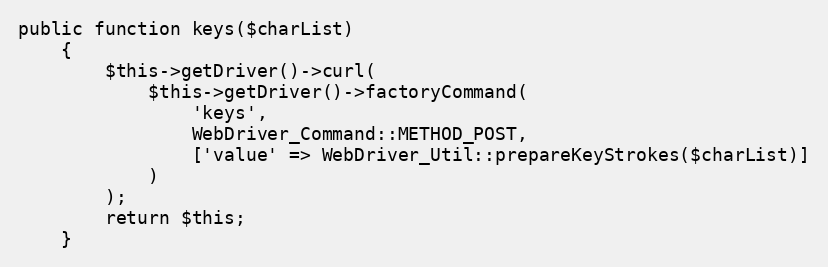
Language: PHP
public function keys($charList)
    {
        $this->getDriver()->curl(
            $this->getDriver()->factoryCommand(
                'keys',
                WebDriver_Command::METHOD_POST,
                ['value' => WebDriver_Util::prepareKeyStrokes($charList)]
            )
        );
        return $this;
    }